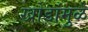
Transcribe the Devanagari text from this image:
खोडांमुळे